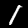
Label: 1